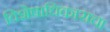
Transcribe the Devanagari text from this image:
विशेषाधिकाराचा